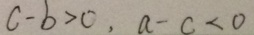
c - b > 0 , a - c < 0